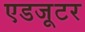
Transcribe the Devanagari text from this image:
एडजूटर